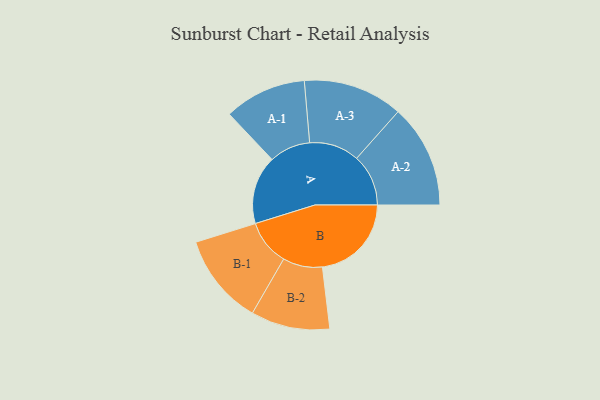
{"axis": {"x": "Segment", "y": "Value"}, "legend": ["", "A", "B"], "data": [{"x": "A", "y": 336, "type": ""}, {"x": "B", "y": 437, "type": ""}, {"x": "A-1", "y": 202, "type": "A"}, {"x": "A-2", "y": 254, "type": "A"}, {"x": "A-3", "y": 245, "type": "A"}, {"x": "B-1", "y": 224, "type": "B"}, {"x": "B-2", "y": 194, "type": "B"}]}